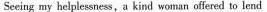
Seeing my helplessness,a kind woman offered to lend